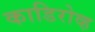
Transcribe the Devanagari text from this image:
काडिरोव्ह